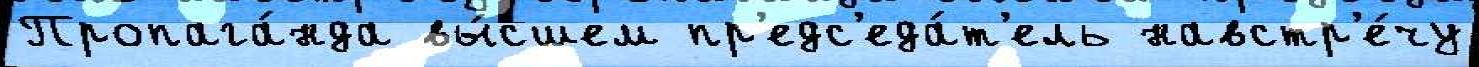
Пропага́нда вы́сшем пр'едс'еда́т'ель навстр'е́чу